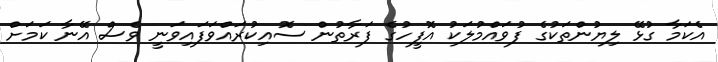
އެކަމާ ގުޅޭ ލިޔުންތަކުގެ ފުވައްމުލަކު އޮފީހުގެ ފަރާތުން ސޮއިކުރައްވަފައިވަނީ ވެސް އޭނާ ކަމަށް